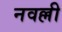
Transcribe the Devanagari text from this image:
नवल्ली